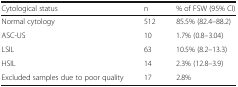
| Cytological status | n | % of FSW (95% CI) |
 | --- | --- | --- |
 | Normal cytology | 512 | 85.5% (82.4–88.2) |
 | ASC-US | 10 | 1.7% (0.8–3.04) |
 | LSIL | 63 | 10.5% (8.2–13.3) |
 | HSIL | 14 | 2.3% (12.8–3.9) |
 | Excluded samples due to poor quality | 17 | 2.8% |